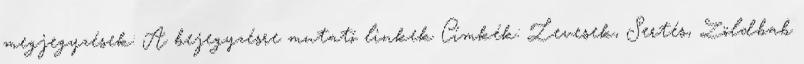
megjegyzések: A bejegyzésre mutató linkek Címkék: Levesek, Sertés, Zöldbab